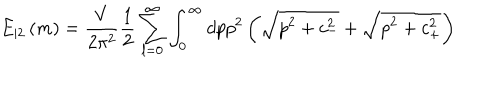
E _ { | 2 } \left( m \right) = \frac V { 2 \pi ^ { 2 } } \frac 1 2 \sum _ { l = 0 } ^ { \infty } \int _ { 0 } ^ { \infty } d p p ^ { 2 } \left( \sqrt { p ^ { 2 } + c _ { - } ^ { 2 } } + \sqrt { p ^ { 2 } + c _ { + } ^ { 2 } } \right)